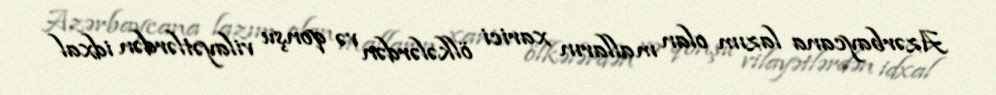
Azərbaycana lazım olan malların xarici ölkələrdən və qonşu vilayətlərdən idxal